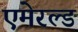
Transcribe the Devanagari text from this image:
एमेरल्ड